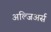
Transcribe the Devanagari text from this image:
अल्जिअर्स